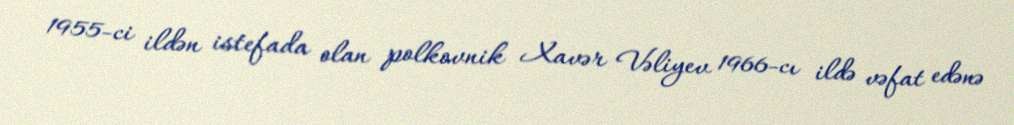
1955-ci ildən istefada olan polkovnik Xavər Vəliyev 1966-cı ildə vəfat edənə